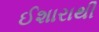
ઈશારાથી